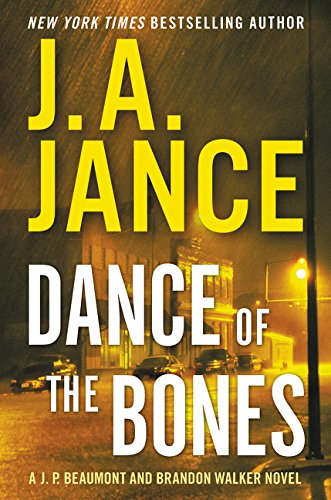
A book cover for Dance of the Bones: A J. P. Beaumont and Brandon Walker Novel; J. A. Jance; Mystery, Thriller & Suspense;